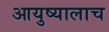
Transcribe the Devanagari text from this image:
आयुष्यालाच